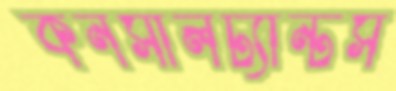
কনসালট্যান্টস